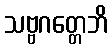
သဗ္ဗဂတ္တေဘိ